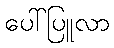
ပေါ်ပြူလာ